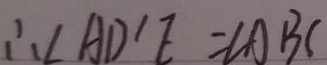
\therefore \angle A D ^ { \prime } E = \angle A B C